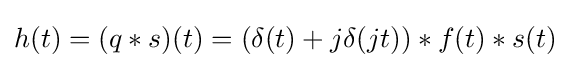
h(t)=(q*s)(t)=\left(\delta (t)+j\delta (jt)\right)*f(t)*s(t)